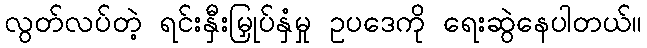
လွတ်လပ်တဲ့ ရင်းနှီးမြှုပ်နှံမှု ဥပဒေကို ရေးဆွဲနေပါတယ်။